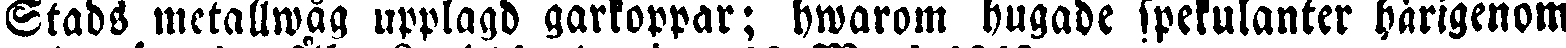
Stads metallwåg upplagd garkoppar; hwarom hugade spekulanter härigenom